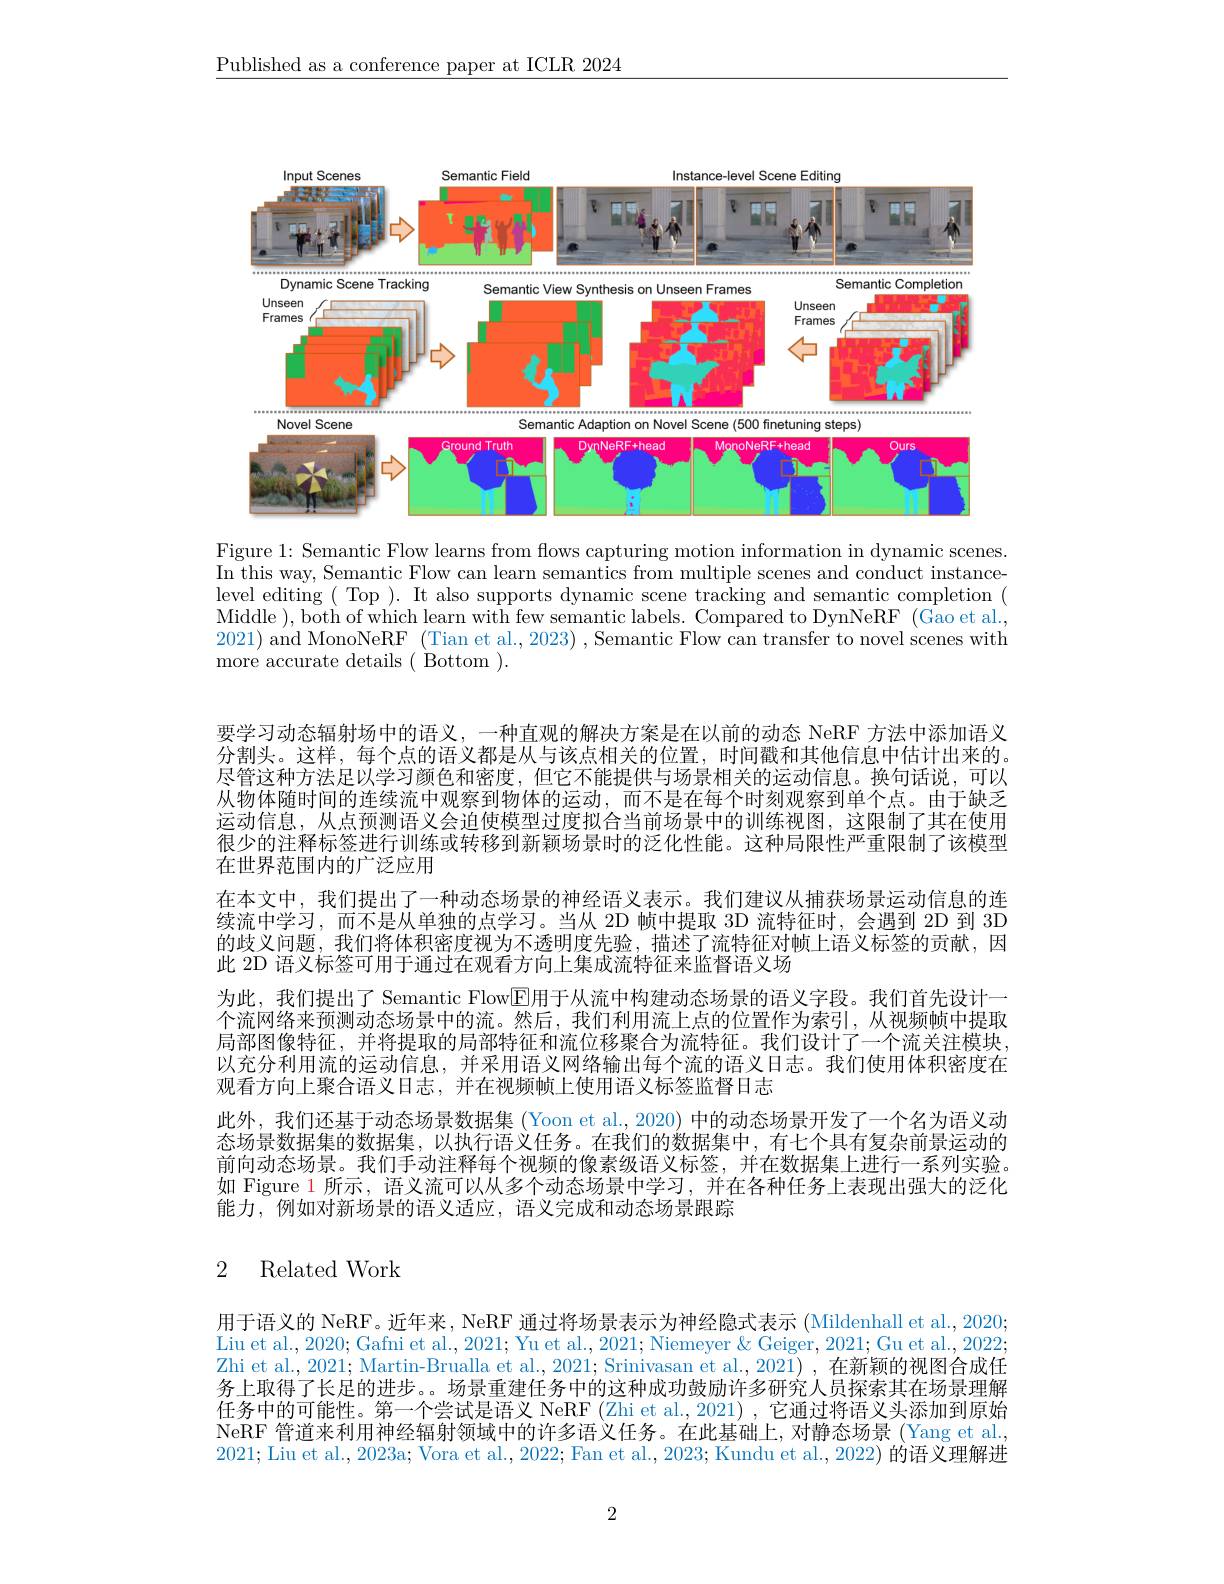
$\underline{\text{Published as a conference paper at ICLR 2024}}$

<FigureHere>

Figure 1: Semantic Flow learns from flows capturing motion information in dynamic scenes. In this way, Semantic Flow can learn semantics from multiple scenes and conduct instancelevel editing ( Top ). It also supports dynamic scene tracking and semantic completion ( Middle ),both of which learn with few semantic labels. Compared to DynNeRF (Gao et al., 2021) and MonoNeRF (Tian et al., 2023) , Semantic Flow can transfer to novel scenes with more accurate details ( Bottom ).

要学习动态辐射场中的语义，一种直观的解决方案是在以前的动态 NeRF 方法中添加语义分割头。这样，每个点的语义都是从与该点相关的位置，时间戳和其他信息中估计出来的。尽管这种方法足以学习颜色和密度，但它不能提供与场景相关的运动信息。换句话说，可以从物体随时间的连续流中观察到物体的运动，而不是在每个时刻观察到单个点。由于缺乏运动信息，从点预测语义会迫使模型过度拟合当前场景中的训练视图，这限制了其在使用很少的注释标签进行训练或转移到新颖场景时的泛化性能。这种局限性严重限制了该模型在世界范围内的广泛应用
在本文中，我们提出了一种动态场景的神经语义表示。我们建议从捕获场景运动信息的连续流中学习，而不是从单独的点学习。当从 2D 帧中提取 3D 流特征时，会遇到 2D 到 3D 的歧义问题，我们将体积密度视为不透明度先验，描述了流特征对帧上语义标签的贡献，因此 2D 语义标签可用于通过在观看方向上集成流特征来监督语义场
为此，我们提出了 Semantic Flow$\overline{\mathrm{E}}$用于从流中构建动态场景的语义字段。我们首先设计一个流网络来预测动态场景中的流。然后，我们利用流上点的位置作为索引，从视频帧中提取局部图像特征，并将提取的局部特征和流位移聚合为流特征。我们设计了一个流关注模块， 以充分利用流的运动信息，并采用语义网络输出每个流的语义日志。我们使用体积密度在观看方向上聚合语义日志，并在视频帧上使用语义标签监督日志
此外，我们还基于动态场景数据集 (Yoon et al., 2020) 中的动态场景开发了一个名为语义动态场景数据集的数据集，以执行语义任务。在我们的数据集中，有七个具有复杂前景运动的前向动态场景。我们手动注释每个视频的像素级语义标签，并在数据集上进行一系列实验。如 Figure 1 所示，语义流可以从多个动态场景中学习，并在各种任务上表现出强大的泛化能力，例如对新场景的语义适应，语义完成和动态场景跟踪

## 2 Related Work

用于语义的 NeRF。近年来，NeRF 通过将场景表示为神经隐式表示 (Mildenhall et al., 2020; Liu et al., 2020; Gafni et al., 2021; Yu et al., 2021; Niemeyer & Geiger, 2021; Gu et al., 2022; Zhi et al., 2021; Martin-Brualla et al., 2021; Srinivasan et al., 2021) , 在新颖的视图合成任务上取得了长足的进步。。场景重建任务中的这种成功鼓励许多研究人员探索其在场景理解任务中的可能性。第一个尝试是语义 NeRF (Zhi et al., 2021) , 它通过将语义头添加到原始NeRF 管道来利用神经辐射领域中的许多语义任务。在此基础上，对静态场景 (Yang et al. 2021; Liu et al., 2023a; Vora et al., 2022; Fan et al., 2023; Kundu et al., 2022) 的语义理解进

2